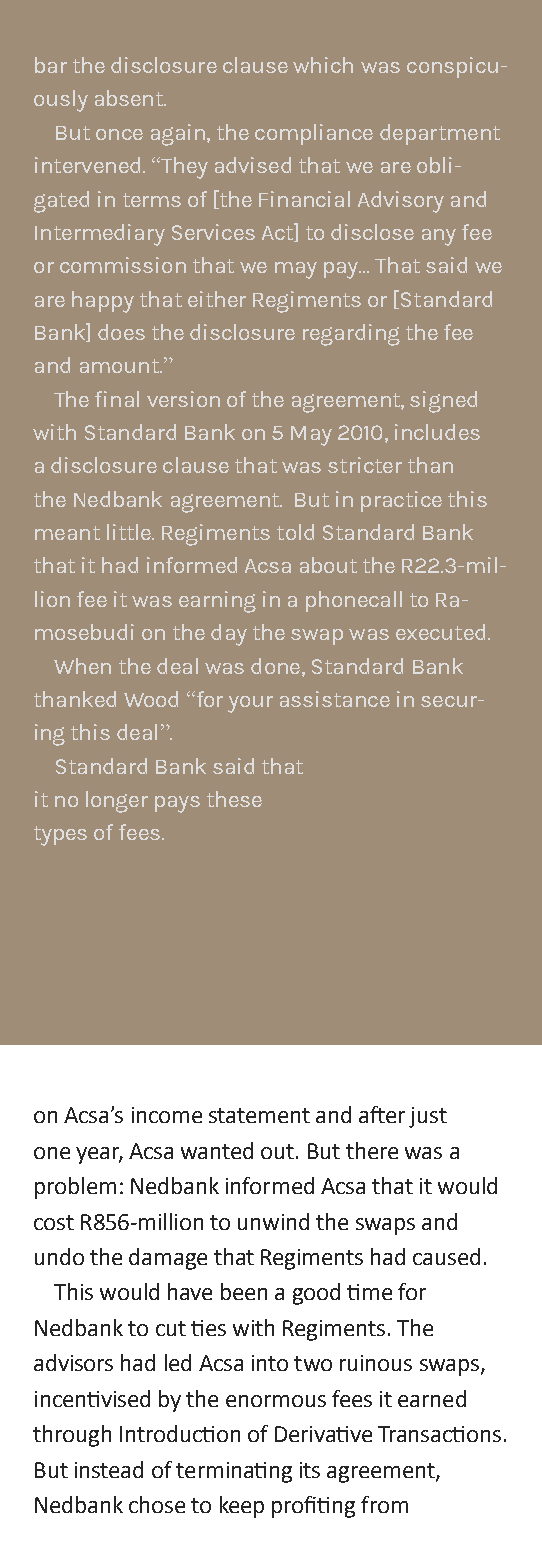
bar the disclosure clause which was conspicu-
 ously absent.
 But once again, the compliance department
 intervened. “They advised that we are obli-
 gated in terms of [the Financial Advisory and
 Intermediary Services Act] to disclose any fee
 or commission that we may pay... That said we
 are happy that either Regiments or [Standard
 Bank] does the disclosure regarding the fee
 and amount.”
 The final version of the agreement, signed
 with Standard Bank on 5 May 2010, includes
 a disclosure clause that was stricter than
 the Nedbank agreement. But in practice this
 meant little. Regiments told Standard Bank
 that it had informed Acsa about the R22.3-mil-
 lion fee it was earning in a phonecall to Ra-
 mosebudi on the day the swap was executed.
 When the deal was done, Standard Bank
 thanked Wood “for your assistance in secur-
 ing this deal”.
 Standard Bank said that
 it no longer pays these
 types of fees.
 on Acsa’s income statement and after just
 one year, Acsa wanted out. But there was a
 problem: Nedbank informed Acsa that it would
 cost R856-million to unwind the swaps and
 undo the damage that Regiments had caused.
 This would have been a good time for
 Nedbank to cut ties with Regiments. The
 advisors had led Acsa into two ruinous swaps,
 incentivised by the enormous fees it earned
 through Introduction of Derivative Transactions.
 But instead of terminating its agreement,
 Nedbank chose to keep profiting from